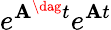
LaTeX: e^{\mathbf{A}^{\dag}t}e^{\mathbf{A}t}